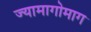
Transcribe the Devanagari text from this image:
ज्यामागोमाग